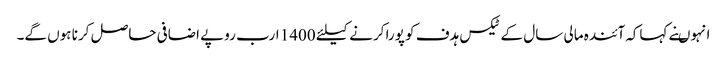
انہوںنے کہاکہ آئندہ مالی سال کے ٹیکس ہدف کو پورا کرنے کیلئے 1400 ارب روپے اضافی حاصل کرنا ہوں گے۔